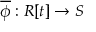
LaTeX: { \overline { { \phi } } } : R [ t ] \to S